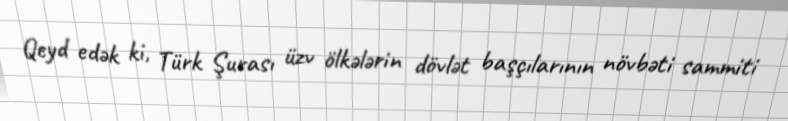
Qeyd edək ki, Türk Şurası üzv ölkələrin dövlət başçılarının növbəti sammiti